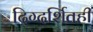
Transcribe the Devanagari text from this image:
दिग्दर्शितही